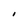
Character: I